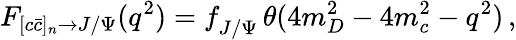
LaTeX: F_{[c\bar{c}]_{n}\rightarrow J/\Psi}(q^{2})=f_{J/\Psi}^{\phantom{l}}\, \theta(4m_{D}^{2}-4m_{c}^{2}-q^{2})\, ,